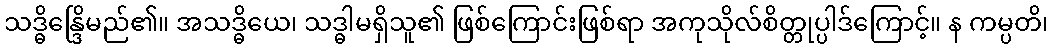
သဒ္ဓိန္ဒြေိမည်၏။ အသဒ္ဓိယေ၊ သဒ္ဓါမရှိသူ၏ ဖြစ်ကြောင်းဖြစ်ရာ အကုသိုလ်စိတ္တုပ္ပါဒ်ကြောင့်။ န ကမ္ပတိ၊